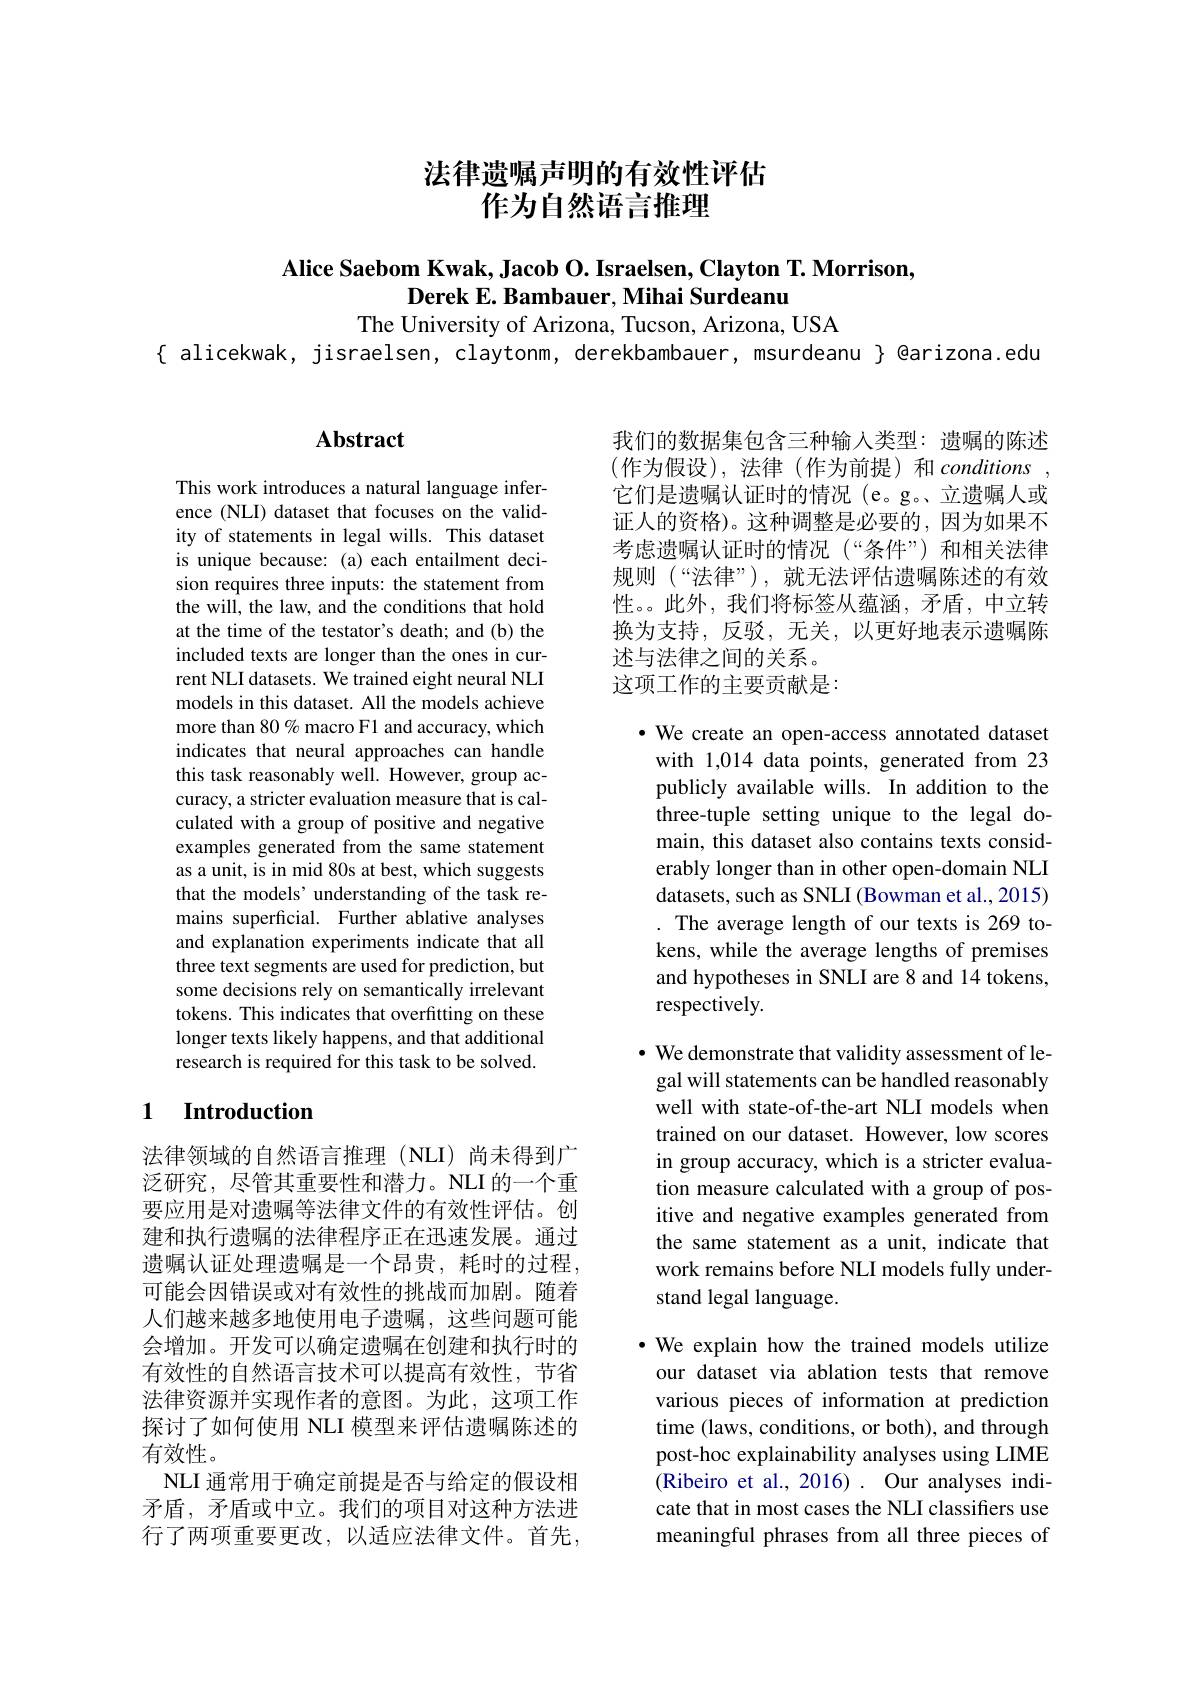
## 法律遗嘱声明的有效性评估作为自然语言推理

# Alice Saebom Kwak, Jacob O. Israelsen, Clayton T. Morrison, Derek E. Bambauer, Mihai Surdeanu

The University of Arizona, Tucson, Arizona, USA
$\{$ alicekwak, jisraelsen, claytonm, derekbambauer, msurdeanu $\}$ @arizona.edu

# Abstract

This work introduces a natural language inference (NLI) dataset that focuses on the validity of statements in legal wills. This dataset is unique because: (a) each entailment decision requires three inputs: the statement from the will, the law, and the conditions that hold at the time of the testator's death; and (b) the included texts are longer than the ones in current NLI datasets. We trained eight neural NLI models in this dataset. All the models achieve more than 80% macro F1 and accuracy, which indicates that neural approaches can handle this task reasonably well. However, group accuracy, a stricter evaluation measure that is calculated with a group of positive and negative examples generated from the same statement as a unit, is in mid 80s at best, which suggests that the models' understanding of the task remains superficial. Further ablative analyses and explanation experiments indicate that all three text segments are used for prediction, but some decisions rely on semantically irrelevant tokens. This indicates that overfitting on these longer texts likely happens, and that additional research is required for this task to be solved.

## 1 Introduction

法律领域的自然语言推理(NLI)尚未得到广泛研究，尽管其重要性和潜力。NLI 的一个重要应用是对遗嘱等法律文件的有效性评估。创建和执行遗嘱的法律程序正在迅速发展。通过遗嘱认证处理遗嘱是一个昂贵，耗时的过程， 可能会因错误或对有效性的挑战而加剧。随着人们越来越多地使用电子遗嘱，这些问题可能会增加。开发可以确定遗嘱在创建和执行时的有效性的自然语言技术可以提高有效性，节省法律资源并实现作者的意图。为此，这项工作探讨了如何使用 NLI 模型来评估遗嘱陈述的有效性。
NLI 通常用于确定前提是否与给定的假设相矛盾，矛盾或中立。我们的项目对这种方法进行了两项重要更改，以适应法律文件。首先，

我们的数据集包含三种输入类型：遗嘱的陈述(作为假设),法律(作为前提)和$conditions$, 它们是遗嘱认证时的情况(e。g。、立遗嘱人或证人的资格)。这种调整是必要的，因为如果不考虑遗嘱认证时的情况(“条件”)和相关法律规则 (“法律”),就无法评估遗嘱陈述的有效性。。此外，我们将标签从蕴涵，矛盾，中立转换为支持，反驳，无关，以更好地表示遗嘱陈述与法律之间的关系。
这项工作的主要贡献是：

·We create an open-access annotated dataset with 1,014 data points, generated from 23 publicly available wills. In addition to the three-tuple setting unique to the legal domain, this dataset also contains texts considerably longer than in other open-domain NLI datasets, such as SNLI (Bowman et al., 2015) . The average length of our texts is 269 tokens, while the average lengths of premises and hypotheses in SNLI are 8 and 14 tokens, respectively.

· We demonstrate that validity assessment of le-
gal will statements can be handled reasonably well with state-of-the-art NLI models when trained on our dataset. However, low scores in group accuracy, which is a stricter evaluation measure calculated with a group of positive and negative examples generated from the same statement as a unit, indicate that work remains before NLI models fully understand legal language.

$\bullet$ We explain how the trained models utilize our dataset via ablation tests that remove various pieces of information at prediction time (laws, conditions, or both), and through post-hoc explainability analyses using LIME (Ribeiro et al., 2016). Our analyses indicate that in most cases the NLI classifiers use meaningful phrases from all three pieces of